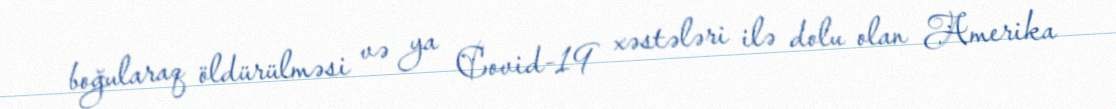
boğularaq öldürülməsi və ya Covid-19 xəstələri ilə dolu olan Amerika